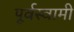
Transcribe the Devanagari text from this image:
पूर्वस्वामी